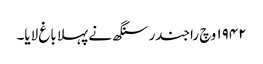
١٩٤٢ وچ راجندر سنگھ نے پہلا باغ لایا۔